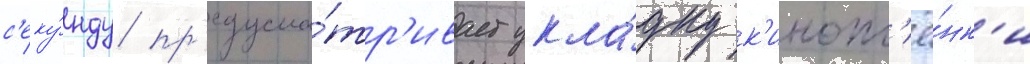
с'еку́нду пр'едусма́тр'ивает укла́дку к'инопл'ё́нк'и